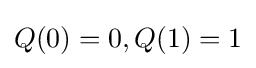
Q(0)=0,Q(1)=1